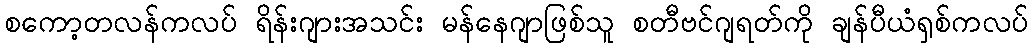
စကော့တလန်ကလပ် ရိန်းဂျားအသင်း မန်နေဂျာဖြစ်သူ စတီဗင်ဂျရတ်ကို ချန်ပီယံရှစ်ကလပ်